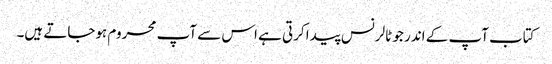
کتاب آپ کے اندر جو ٹالرنس پیدا کرتی ہے اس سے آپ محروم ہوجاتے ہیں۔